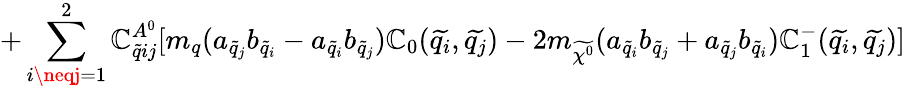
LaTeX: +\sum_{i\neqj=1}^{2}\mathbb{C}_{\widetilde{{q}}ij}^{A^{0}}[m_{q}(a_{\widetilde{{q}}_{j}}b_{\widetilde{{q}}_{i}}-a_{\widetilde{{q}}_{i}}b_{\widetilde{{q}}_{j}})\mathbb{C}_{0}(\widetilde{{q_{i}}},\widetilde{{q_{j}}})-2m_{\widetilde{{\chi^{0}}}}(a_{\widetilde{{q}}_{i}}b_{\widetilde{{q}}_{j}}+a_{\widetilde{{q}}_{j}}b_{\widetilde{{q}}_{i}})\mathbb{C}_{1}^{-}(\widetilde{{q_{i}}},\widetilde{{q_{j}}})]